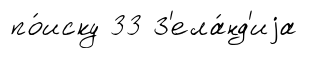
по́иску 33 З'ела́нд'иjа